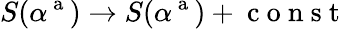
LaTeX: S(\alpha^{\mathrm{~a~}})\rightarrow S(\alpha^{\mathrm{~a~}})+\mathrm{~c~o~n~s~t~}